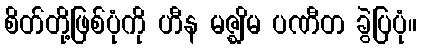
စိတ်တို့ဖြစ်ပုံကို ဟီန မဇ္ဈိမ ပဏီတ ခွဲပြပုံ။